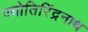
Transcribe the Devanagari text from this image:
ज्योतिरिंद्रनाथ